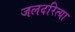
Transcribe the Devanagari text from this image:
जलदरित्या